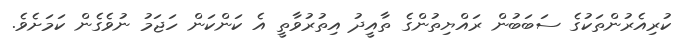
ކުރިއެރުންތަކުގެ ސަބަބުން ރައްޔިތުންގެ ތާއީދު އިތުރުވާތީ އެ ކަންކަން ހަޖަމު ނުވެގެން ކަމަށެވެ.